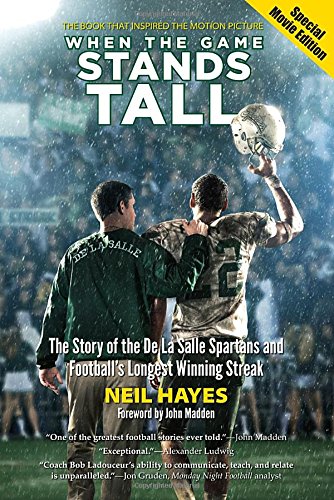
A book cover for When the Game Stands Tall, Special Movie Edition: The Story of the De La Salle Spartans and Football's Longest Winning Streak; Neil Hayes; Biographies & Memoirs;